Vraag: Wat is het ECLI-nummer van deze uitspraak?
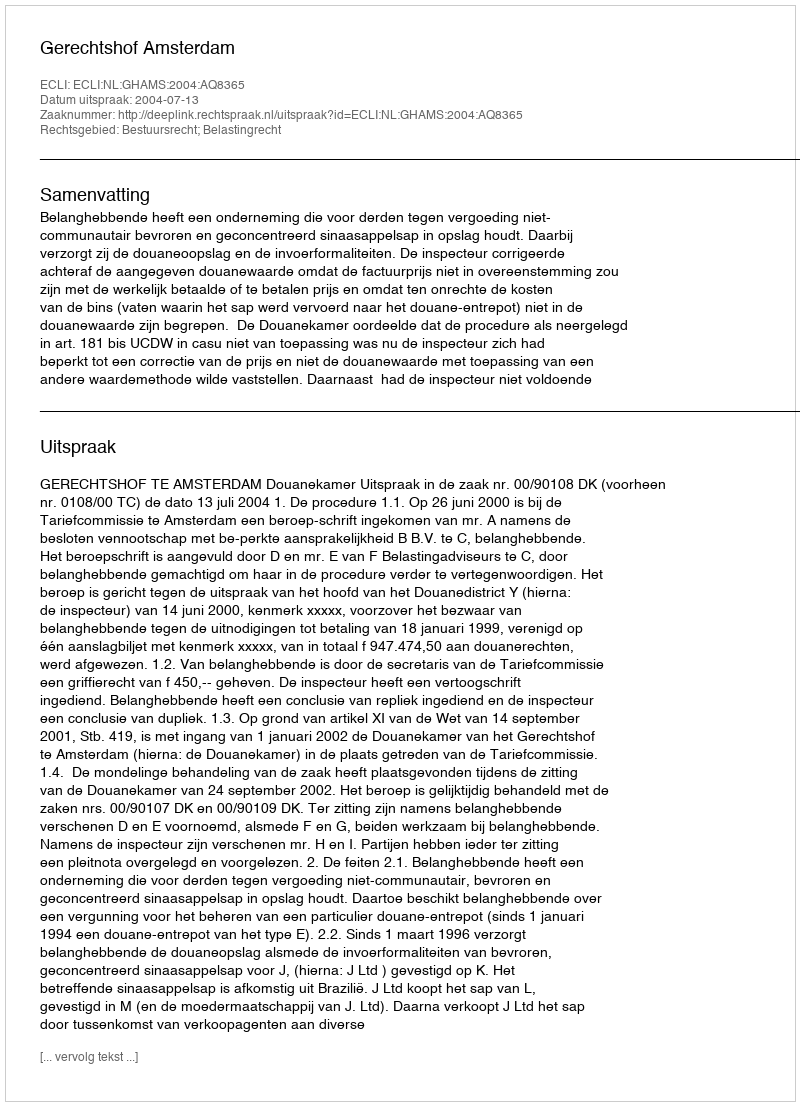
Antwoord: ECLI:NL:GHAMS:2004:AQ8365